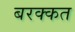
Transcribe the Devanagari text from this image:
बरक्कत